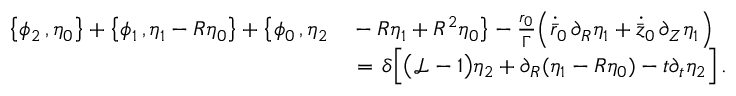
\begin{array} { r l } { \bigl \{ \phi _ { 2 } \, , \eta _ { 0 } \bigr \} + \bigl \{ \phi _ { 1 } \, , \eta _ { 1 } - R \eta _ { 0 } \bigr \} + \bigl \{ \phi _ { 0 } \, , \eta _ { 2 } } & { { } - R \eta _ { 1 } + R ^ { 2 } \eta _ { 0 } \bigr \} - \frac { r _ { 0 } } { \Gamma } \Bigl ( \dot { \bar { r } } _ { 0 } \, \partial _ { R } \eta _ { 1 } + \dot { \bar { z } } _ { 0 } \, \partial _ { Z } \eta _ { 1 } \Bigr ) } \\ { \, } & { { } = \, \delta \Bigl [ \bigl ( \mathcal { L } - 1 \bigr ) \eta _ { 2 } + \partial _ { R } ( \eta _ { 1 } - R \eta _ { 0 } ) - t \partial _ { t } \eta _ { 2 } \Bigr ] \, . } \end{array}